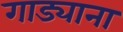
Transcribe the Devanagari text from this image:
गाड्याना